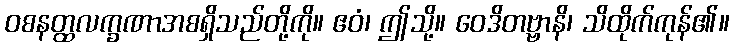
ဝစနတ္ထလက္ခဏာအစရှိသည်တို့ကို။ ဧဝံ၊ ဤသို့။ ဝေဒိတဗ္ဗာနိ၊ သိထိုက်ကုန်၏။